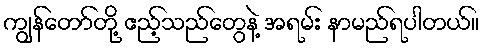
ကျွန်တော်တို့ ဧည့်သည်တွေနဲ့ အရမ်း နာမည်ရပါတယ်။